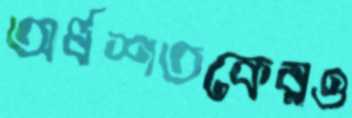
অর্ধশতকেরও